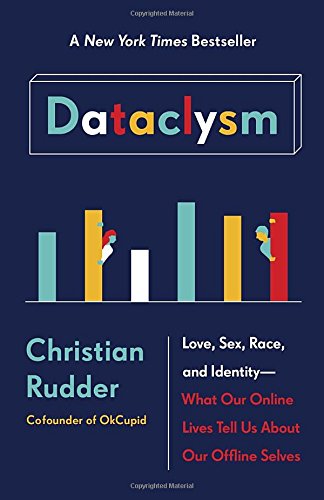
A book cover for Dataclysm: Love, Sex, Race, and Identity--What Our Online Lives Tell Us about Our Offline Selves; Christian Rudder; Computers & Technology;